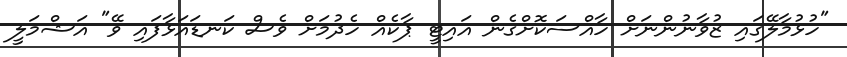
"ހުޅުމާލޭގައި ޒުވާނުންނަށް ހާއްސަކޮށްގެން އައިޓީ ޕާކެއް ހެދުމަށް ވެސް ކަނޑައަޅާފައި ވޭ" އަޝްމަލީ